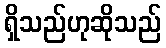
ရှိသည်ဟုဆိုသည်